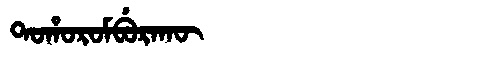
Manchu: ᡨᠣᡥᠣᡵᠣᠮᠪᡠᡵᠠᡴᡡ
Romanization: TOHOROMBURAKŪ